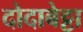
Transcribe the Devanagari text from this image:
दोदाबेट्टा